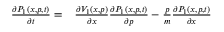
\begin{array} { r l } { \frac { \partial P _ { 1 } ( x , p , t ) } { \partial t } = } & { { } \frac { \partial V _ { 1 } ( x , p ) } { \partial x } \frac { \partial P _ { 1 } ( x , p , t ) } { \partial p } - \frac { p } { m } \frac { \partial P _ { 1 } ( x , p , t ) } { \partial x } } \end{array}